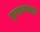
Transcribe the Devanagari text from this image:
सुबहानल्लाह